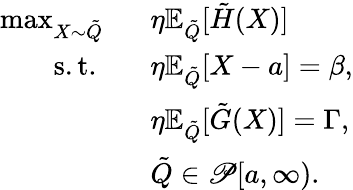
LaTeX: \begin{array}{rl}{\operatorname*{max}_{X\sim\tilde{Q}}\ \ }&{\eta\mathbb{E}_{\tilde{Q}}[\tilde{H}(X)]}\\ {\mathrm{~s.t.~}\ \ }&{\eta\mathbb{E}_{\tilde{Q}}[X-a]=\beta,}\\ &{\eta\mathbb{E}_{\tilde{Q}}[\tilde{G}(X)]=\Gamma,}\\ &{{\tilde{Q}}\in\mathscr{P}[a,\infty).}\end{array}